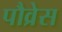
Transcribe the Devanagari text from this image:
पौव्रेस